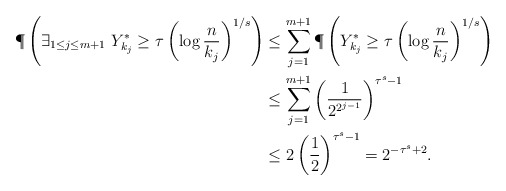
\begin{align*}\P\left( \exists_{1 \le j \le m+1}\ Y_{k_j}^* \ge \tau \left(\log\frac{n}{k_j}\right)^{1/s}\right) & \le \sum_{j = 1}^{m+1} \P\left( Y_{k_j}^* \ge \tau \left(\log\frac{n}{k_j}\right)^{1/s}\right) \\& \le \sum_{j=1}^{m+1} \left(\frac{1}{2^{2^{j-1}}}\right)^{\tau^s-1} \\& \le 2 \left(\frac{1}{2}\right)^{\tau^s-1} = 2^{-\tau^s+2}.\end{align*}